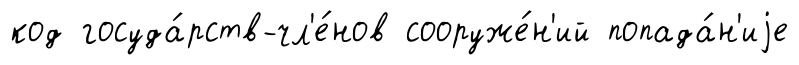
код госуда́рств-чл'е́нов сооруже́н'ий попада́н'иjе